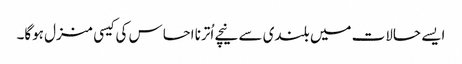
ایسے حالات میں بلندی سے نیچے اُترنا احساس کی کیسی منزل ہوگا۔